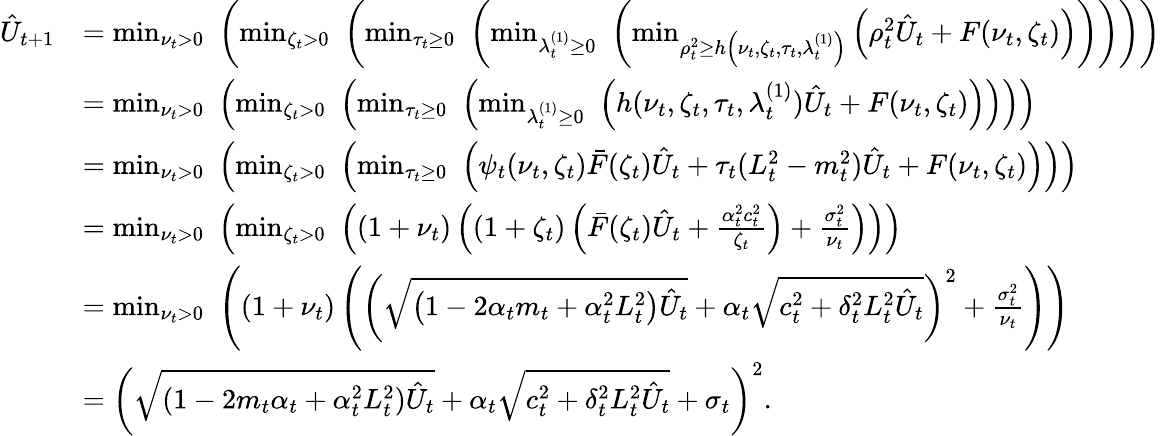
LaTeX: \begin{array}{rl}{\hat{U}_{t+1}}&{=\operatorname*{min}_{\nu_{t}>0}\, \, \left(\operatorname*{min}_{\zeta_{t}>0}\, \, \left(\operatorname*{min}_{\tau_{t}\ge 0}\, \, \left(\operatorname*{min}_{\lambda_{t}^{(1)}\ge 0}\, \, \left(\operatorname*{min}_{\rho_{t}^{2}\ge h\left(\nu_{t},\zeta_{t},\tau_{t},\lambda_{t}^{(1)}\right)}\left(\rho_{t}^{2}\hat{U}_{t}+F(\nu_{t},\zeta_{t})\right)\right)\right)\right)\right)}\\ &{=\operatorname*{min}_{\nu_{t}>0}\, \, \left(\operatorname*{min}_{\zeta_{t}>0}\, \, \left(\operatorname*{min}_{\tau_{t}\ge 0}\, \, \left(\operatorname*{min}_{\lambda_{t}^{(1)}\ge 0}\, \, \left(h(\nu_{t},\zeta_{t},\tau_{t},\lambda_{t}^{(1)})\hat{U}_{t}+F(\nu_{t},\zeta_{t})\right)\right)\right)\right)}\\ &{=\operatorname*{min}_{\nu_{t}>0}\, \, \left(\operatorname*{min}_{\zeta_{t}>0}\, \, \left(\operatorname*{min}_{\tau_{t}\ge 0}\, \, \left(\psi_{t}(\nu_{t},\zeta_{t})\bar{F}(\zeta_{t})\hat{U}_{t}+\tau_{t}(L_{t}^{2}-m_{t}^{2})\hat{U}_{t}+F(\nu_{t},\zeta_{t})\right)\right)\right)}\\ &{=\operatorname*{min}_{\nu_{t}>0}\, \, \left(\operatorname*{min}_{\zeta_{t}>0}\, \, \left(\left(1+\nu_{t}\right)\left(\left(1+\zeta_{t}\right)\left(\bar{F}(\zeta_{t})\hat{U}_{t}+\frac{\alpha_{t}^{2}c_{t}^{2}}{\zeta_{t}}\right)+\frac{\sigma_{t}^{2}}{\nu_{t}}\right)\right)\right)}\\ &{=\operatorname*{min}_{\nu_{t}>0}\, \, \left(\left(1+\nu_{t}\right)\left(\left(\sqrt{\left(1-2\alpha_{t}m_{t}+\alpha_{t}^{2}L_{t}^{2}\right)\hat{U}_{t}}+\alpha_{t}\sqrt{c_{t}^{2}+\delta_{t}^{2}L_{t}^{2}\hat{U}_{t}}\right)^{2}+\frac{\sigma_{t}^{2}}{\nu_{t}}\right)\right)}\\ &{=\left(\sqrt{(1-2m_{t}\alpha_{t}+\alpha_{t}^{2}L_{t}^{2})\hat{U}_{t}}+\alpha_{t}\sqrt{c_{t}^{2}+\delta_{t}^{2}L_{t}^{2}\hat{U}_{t}}+\sigma_{t}\right)^{2}.}\end{array}